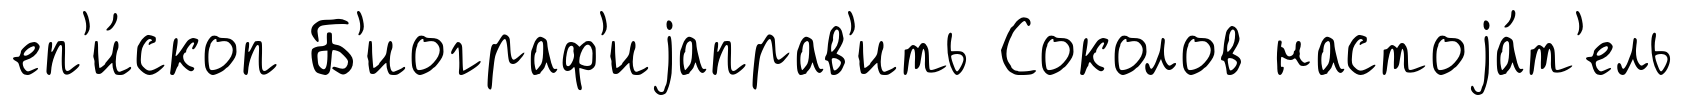
еп'и́скоп Б'иограф'иjаправ'ить Соколов настоjа́т'ель